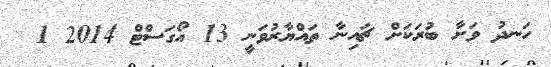
ހަނދު ވަށާ ބުރަކަށް ޗައިނާ ތައްޔާރުވަނީ 13 އޯގަސްޓް 2014 1